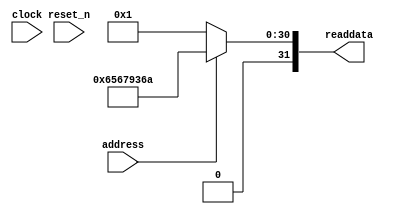
module audio_nios_sysid_qsys_0 (
               // inputs:
                address,
                clock,
                reset_n,

               // outputs:
                readdata
             )
;

  output  [ 31: 0] readdata;
  input            address;
  input            clock;
  input            reset_n;

  wire    [ 31: 0] readdata;
  //control_slave, which is an e_avalon_slave
  assign readdata = address ? 1701286762 : 1;

endmodule